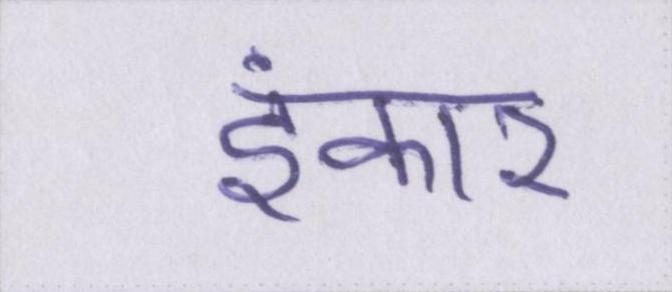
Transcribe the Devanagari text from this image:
इंकार